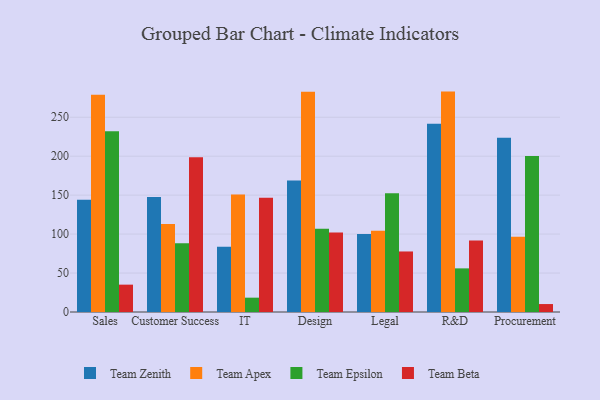
{"axis": {"x": "Department", "y": "Net Income (USD K)"}, "legend": ["Team Apex", "Team Beta", "Team Epsilon", "Team Zenith"], "data": [{"x": "Sales", "y": 144.0, "type": "Team Zenith"}, {"x": "Sales", "y": 279.0, "type": "Team Apex"}, {"x": "Sales", "y": 232.0, "type": "Team Epsilon"}, {"x": "Sales", "y": 35.1, "type": "Team Beta"}, {"x": "Customer Success", "y": 147.5, "type": "Team Zenith"}, {"x": "Customer Success", "y": 112.8, "type": "Team Apex"}, {"x": "Customer Success", "y": 88.2, "type": "Team Epsilon"}, {"x": "Customer Success", "y": 198.6, "type": "Team Beta"}, {"x": "IT", "y": 83.8, "type": "Team Zenith"}, {"x": "IT", "y": 150.9, "type": "Team Apex"}, {"x": "IT", "y": 18.4, "type": "Team Epsilon"}, {"x": "IT", "y": 146.5, "type": "Team Beta"}, {"x": "Design", "y": 168.9, "type": "Team Zenith"}, {"x": "Design", "y": 282.8, "type": "Team Apex"}, {"x": "Design", "y": 106.7, "type": "Team Epsilon"}, {"x": "Design", "y": 102.1, "type": "Team Beta"}, {"x": "Legal", "y": 100.0, "type": "Team Zenith"}, {"x": "Legal", "y": 104.4, "type": "Team Apex"}, {"x": "Legal", "y": 152.4, "type": "Team Epsilon"}, {"x": "Legal", "y": 77.7, "type": "Team Beta"}, {"x": "R&D", "y": 241.7, "type": "Team Zenith"}, {"x": "R&D", "y": 282.9, "type": "Team Apex"}, {"x": "R&D", "y": 56.0, "type": "Team Epsilon"}, {"x": "R&D", "y": 91.9, "type": "Team Beta"}, {"x": "Procurement", "y": 223.8, "type": "Team Zenith"}, {"x": "Procurement", "y": 96.6, "type": "Team Apex"}, {"x": "Procurement", "y": 200.1, "type": "Team Epsilon"}, {"x": "Procurement", "y": 10.2, "type": "Team Beta"}]}